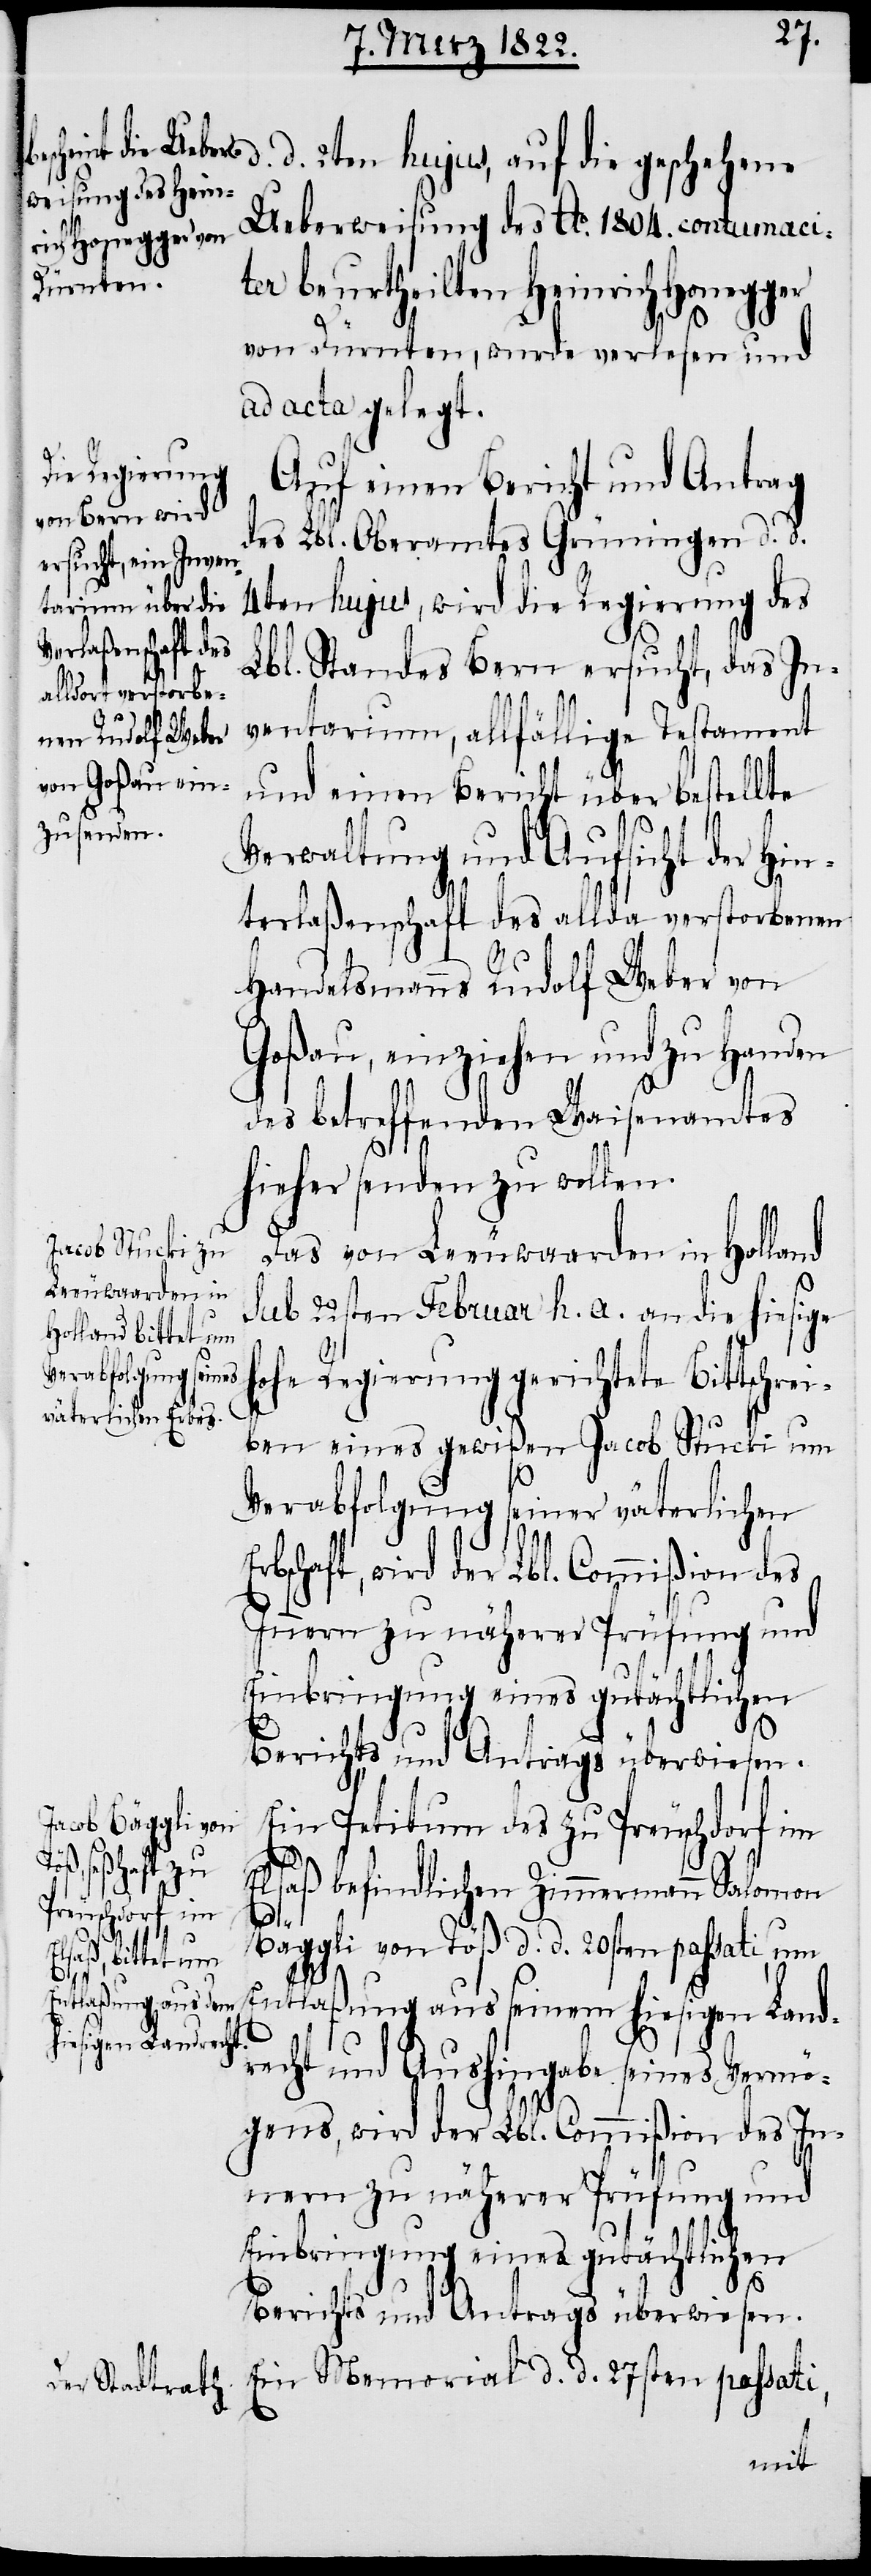
d. d. 2ten hujus, auf die geschehene
Ueberweisung des Ao. 1804. contumaci¬
ter beurtheilten Heinrich Honegger
von Dürnten, wurde verlesen und
ad acta gelegt.
Auf einen Bericht und Antrag
des Lbl. Oberamtes Grüningen d. d.
4ten hujus, wird die Regierung des
Lbl. Standes Bern ersucht, das In¬
ventarium, allfällige Testament
und einen Bericht über bestellte
Verwaltung und Aufsicht der Hin¬
terlaßenschaft des allda verstorbenen
Handelsmanns Rudolf Weber von
Goßau, einziehen und zu Handen
des betreffenden Waisenamtes
hieher senden zu wollen.
Das von Leeuwarden in Holland
sub 22sten Februar h. a. an die hiesige
ohe Regierung gerichtete Bittschrei¬
ben eines gewißen Jacob Stucki um
h¬
Verabfolgung seiner väterlichen
Erbschaft, wird der Lbl. Commißion des
Innern zu näherer Prüfung und
Einbringung eines gutächtlichen
Berichts und Antrags überwiesen.
Ein Petitum des zu Preuschdorf im
Elsaß befindlichen Zimmermann Salomon
Bäggli von Töß d. d. 20sten passati, um
Entlaßung aus seinem hiesigen Land¬
recht und Aushingabe seines Vermö¬
gens, wird der Lbl. Commißion des In¬
nern zu näherer Prüfung und
Einbringung eines gutächtlichen
Berichts und Antrags überwiesen.
Ein Memorial d. d. 27sten passati,